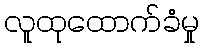
လူထုထောက်ခံမှု